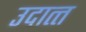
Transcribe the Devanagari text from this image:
उदात्‍त